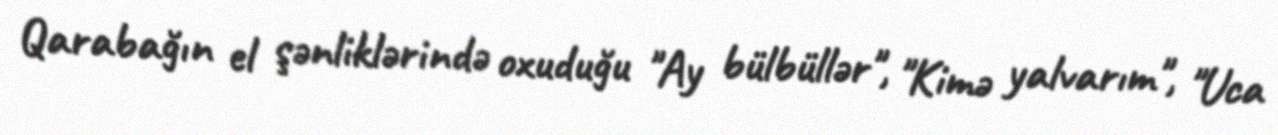
Qarabağın el şənliklərində oxuduğu "Ay bülbüllər", "Kimə yalvarım", "Uca